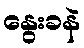
နွေးခနဲ